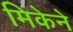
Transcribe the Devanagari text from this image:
मिकेने